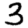
Digit: 3